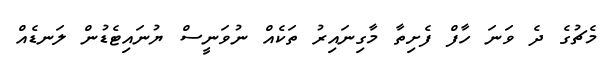
މެޗުގެ ދެ ވަނަ ހާފް ފެށިތާ މާގިނައިރު ތަކެއް ނުވަނީސް ޔުނައިޓެޑުން ލަނޑެއް